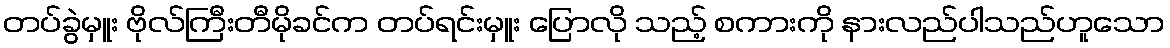
တပ်ခွဲမှူး ဗိုလ်ကြီးတီမိုခင်က တပ်ရင်းမှူး ပြောလို သည့် စကားကို နားလည်ပါသည်ဟူသော